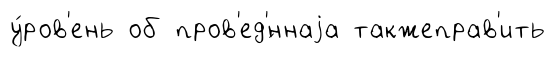
у́ров'ень об пров'ед'́ннаjа такжеправ'ить